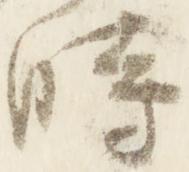
時